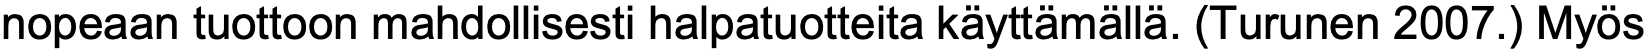
nopeaan tuottoon mahdollisesti halpatuotteita käyttämällä. (Turunen 2007.) Myös